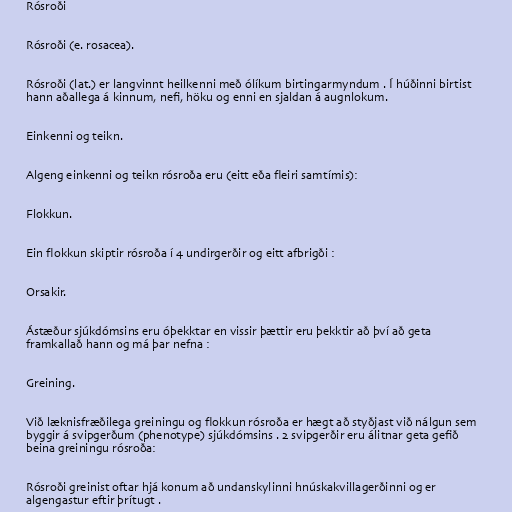
Rósroði

Rósroði (e. rosacea).

Rósroði (lat.) er langvinnt heilkenni með ólíkum birtingarmyndum . Í húðinni birtist
hann aðallega á kinnum, nefi, höku og enni en sjaldan á augnlokum.

Einkenni og teikn.

Algeng einkenni og teikn rósroða eru (eitt eða fleiri samtímis):

Flokkun.

Ein flokkun skiptir rósroða í 4 undirgerðir og eitt afbrigði :

Orsakir.

Ástæður sjúkdómsins eru óþekktar en vissir þættir eru þekktir að því að geta
framkallað hann og má þar nefna :

Greining.

Við læknisfræðilega greiningu og flokkun rósroða er hægt að styðjast við nálgun sem
byggir á svipgerðum (phenotype) sjúkdómsins . 2 svipgerðir eru álitnar geta gefið
beina greiningu rósroða:

Rósroði greinist oftar hjá konum að undanskylinni hnúskakvillagerðinni og er
algengastur eftir þrítugt .